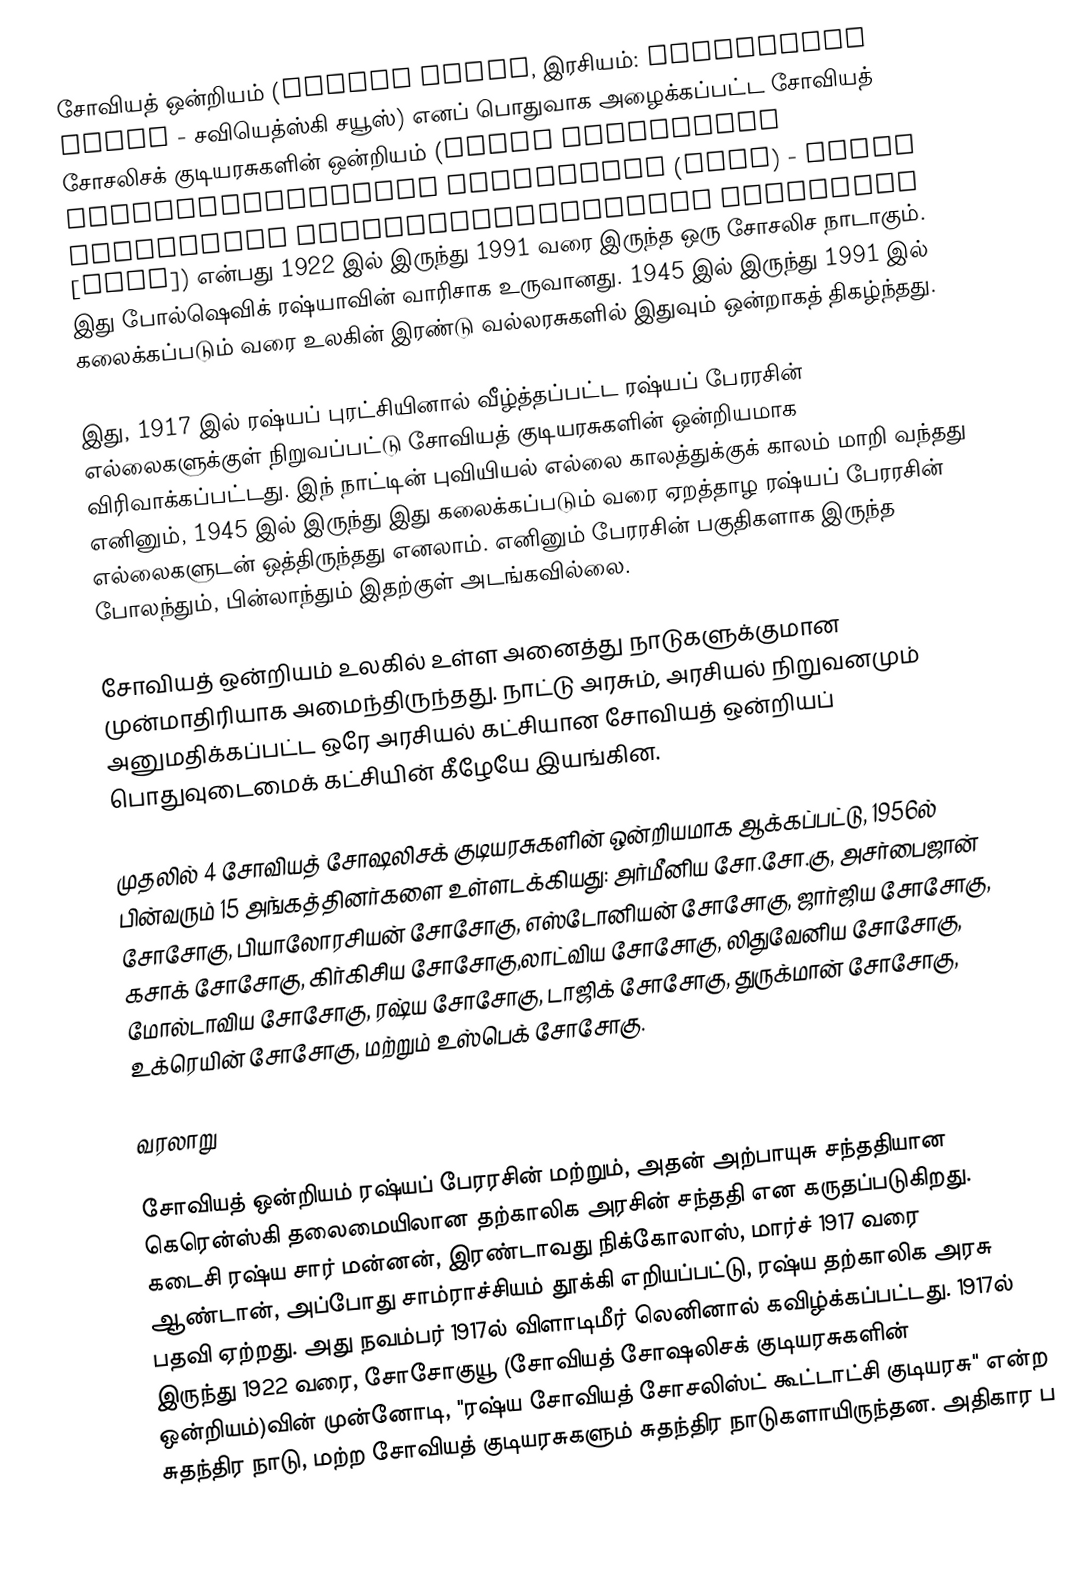
சோவியத் ஒன்றியம் (Soviet Union, இரசியம்: Сове́тский Сою́з - சவியெத்ஸ்கி சயூஸ்) எனப் பொதுவாக அழைக்கப்பட்ட சோவியத் சோசலிசக் குடியரசுகளின் ஒன்றியம் (Сою́з Сове́тских Социалисти́ческих Респу́блик (СССР) - Soyuz Sovetskikh Sotsialisticheskikh Respublik [SSSR]) என்பது 1922 இல் இருந்து 1991 வரை இருந்த ஒரு சோசலிச நாடாகும். இது போல்ஷெவிக் ரஷ்யாவின் வாரிசாக உருவானது. 1945 இல் இருந்து 1991 இல் கலைக்கப்படும் வரை உலகின் இரண்டு வல்லரசுகளில் இதுவும் ஒன்றாகத் திகழ்ந்தது.

இது, 1917 இல் ரஷ்யப் புரட்சியினால் வீழ்த்தப்பட்ட ரஷ்யப் பேரரசின் எல்லைகளுக்குள் நிறுவப்பட்டு சோவியத் குடியரசுகளின் ஒன்றியமாக விரிவாக்கப்பட்டது. இந் நாட்டின் புவியியல் எல்லை காலத்துக்குக் காலம் மாறி வந்தது எனினும், 1945 இல் இருந்து இது கலைக்கப்படும் வரை ஏறத்தாழ ரஷ்யப் பேரரசின் எல்லைகளுடன் ஒத்திருந்தது எனலாம். எனினும் பேரரசின் பகுதிகளாக இருந்த போலந்தும், பின்லாந்தும் இதற்குள் அடங்கவில்லை.

சோவியத் ஒன்றியம் உலகில் உள்ள அனைத்து நாடுகளுக்குமான முன்மாதிரியாக அமைந்திருந்தது. நாட்டு அரசும், அரசியல் நிறுவனமும் அனுமதிக்கப்பட்ட ஒரே அரசியல் கட்சியான சோவியத் ஒன்றியப் பொதுவுடைமைக் கட்சியின் கீழேயே இயங்கின.

முதலில் 4 சோவியத் சோஷலிசக் குடியரசுகளின் ஒன்றியமாக ஆக்கப்பட்டு, 1956ல் பின்வரும் 15 அங்கத்தினர்களை உள்ளடக்கியது: அர்மீனிய சோ.சோ.கு, அசர்பைஜான் சோசோகு, பியாலோரசியன் சோசோகு, எஸ்டோனியன் சோசோகு, ஜார்ஜிய சோசோகு, கசாக் சோசோகு, கிர்கிசிய சோசோகு,லாட்விய சோசோகு, லிதுவேனிய சோசோகு, மோல்டாவிய சோசோகு, ரஷ்ய சோசோகு, டாஜிக் சோசோகு, துருக்மான் சோசோகு, உக்ரெயின் சோசோகு, மற்றும் உஸ்பெக் சோசோகு.

வரலாறு

சோவியத் ஒன்றியம் ரஷ்யப் பேரரசின் மற்றும், அதன் அற்பாயுசு சந்ததியான கெரென்ஸ்கி தலைமையிலான தற்காலிக அரசின் சந்ததி என கருதப்படுகிறது. கடைசி ரஷ்ய சார் மன்னன், இரண்டாவது நிக்கோலாஸ், மார்ச் 1917 வரை ஆண்டான், அப்போது சாம்ராச்சியம் தூக்கி எறியப்பட்டு, ரஷ்ய தற்காலிக அரசு பதவி ஏற்றது. அது நவம்பர் 1917ல் விளாடிமீர் லெனினால் கவிழ்க்கப்பட்டது. 1917ல் இருந்து 1922 வரை, சோசோகுயூ (சோவியத் சோஷலிசக் குடியரசுகளின் ஒன்றியம்)வின் முன்னோடி, "ரஷ்ய சோவியத் சோசலிஸ்ட் கூட்டாட்சி குடியரசு" என்ற சுதந்திர நாடு, மற்ற சோவியத் குடியரசுகளும் சுதந்திர நாடுகளாயிருந்தன. அதிகார ப